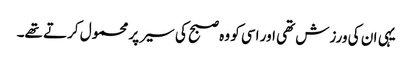
یہی ان کی ورزش تھی اور اسی کو وہ صبح کی سیر پر محمول کرتے تھے۔